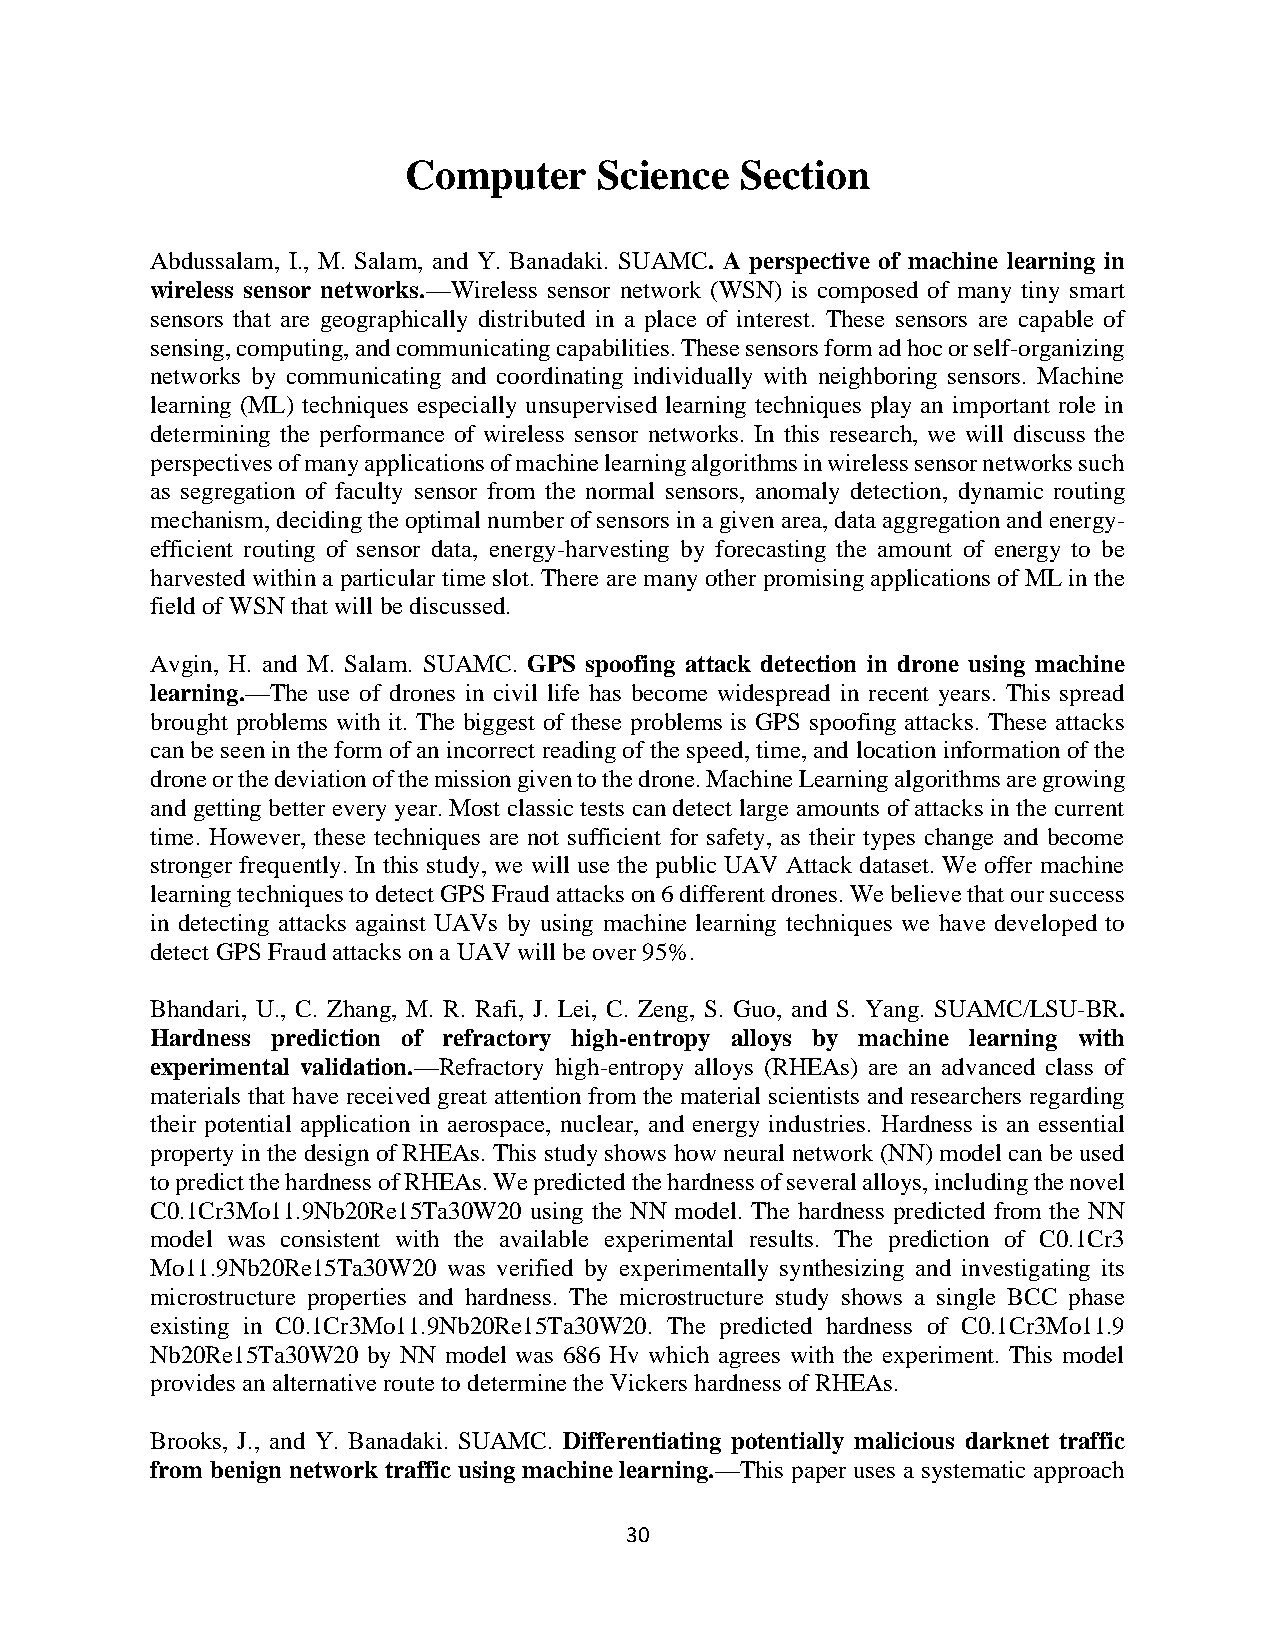
Computer     Science  Section
 Abdussalam, I., M. Salam, and Y. Banadaki. SUAMC. A perspective of machine learning in
 wireless sensor networks.—Wireless sensor network (WSN) is composed of many tiny smart
 sensors that are geographically distributed in a place of interest. These sensors are capable of
 sensing, computing, and communicating capabilities. These sensors form ad hoc or self-organizing
 networks by communicating and coordinating individually with neighboring sensors. Machine
 learning (ML) techniques especially unsupervised learning techniques play an important role in
 determining the performance of wireless sensor networks. In this research, we will discuss the
 perspectives of many applications of machine learning algorithms in wireless sensor networks such
 as segregation of faculty sensor from the normal sensors, anomaly detection, dynamic routing
 mechanism, deciding the optimal number of sensors in a given area, data aggregation and energy-
 efficient routing of sensor data, energy-harvesting by forecasting the amount of energy to be
 harvested within a particular time slot. There are many other promising applications of ML in the
 field of WSN that will be discussed.
 Avgin, H. and M. Salam. SUAMC. GPS spoofing attack detection in drone using machine
 learning.—The use of drones in civil life has become widespread in recent years. This spread
 brought problems with it. The biggest of these problems is GPS spoofing attacks. These attacks
 can be seen in the form of an incorrect reading of the speed, time, and location information of the
 drone or the deviation of the mission given to the drone. Machine Learning algorithms are growing
 and getting better every year. Most classic tests can detect large amounts of attacks in the current
 time. However, these techniques are not sufficient for safety, as their types change and become
 stronger frequently. In this study, we will use the public UAV Attack dataset. We offer machine
 learning techniques to detect GPS Fraud attacks on 6 different drones. We believe that our success
 in detecting attacks against UAVs by using machine learning techniques we have developed to
 detect GPS Fraud attacks on a UAV will be over 95%.
 Bhandari, U., C. Zhang, M. R. Rafi, J. Lei, C. Zeng, S. Guo, and S. Yang. SUAMC/LSU-BR.
 Hardness prediction of refractory high-entropy alloys by machine learning with
 experimental validation.—Refractory high-entropy alloys (RHEAs) are an advanced class of
 materials that have received great attention from the material scientists and researchers regarding
 their potential application in aerospace, nuclear, and energy industries. Hardness is an essential
 property in the design of RHEAs. This study shows how neural network (NN) model can be used
 to predict the hardness of RHEAs. We predicted the hardness of several alloys, including the novel
 C0.1Cr3Mo11.9Nb20Re15Ta30W20 using the NN model. The hardness predicted from the NN
 model was consistent with the available experimental results. The prediction of C0.1Cr3
 Mo11.9Nb20Re15Ta30W20 was verified by experimentally synthesizing and investigating its
 microstructure properties and hardness. The microstructure study shows a single BCC phase
 existing in C0.1Cr3Mo11.9Nb20Re15Ta30W20. The predicted hardness of C0.1Cr3Mo11.9
 Nb20Re15Ta30W20 by NN model was 686 Hv which agrees with the experiment. This model
 provides an alternative route to determine the Vickers hardness of RHEAs.
 Brooks, J., and Y. Banadaki. SUAMC. Differentiating potentially malicious darknet traffic
 from benign network traffic using machine learning.—This paper uses a systematic approach
 30